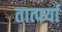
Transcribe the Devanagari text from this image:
तात्पर्या